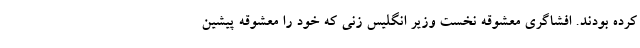
کرده بودند. افشاگری معشوقه نخست وزیر انگلیس زنی که خود را معشوقه پیشین